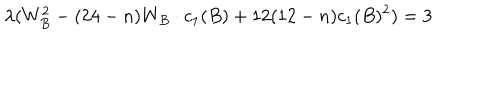
\lambda ( W _ { B } ^ { 2 } - ( 2 4 - n ) W _ { B } \cdot c _ { 1 } ( B ) + 1 2 ( 1 2 - n ) c _ { 1 } ( B ) ^ { 2 } ) = 3